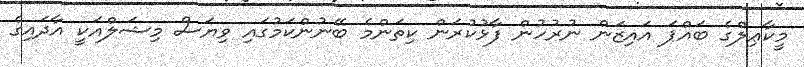
މީކާޢިލްގެ ބައްޕަ އައިޒަން ނުރުހުން ފާޅުކުރަން ކިތަންމެ ބޭނުންކަމުގައި ވިޔަސް މިޝަލްއަކީ އާދައިގެ